Report of the Hyderabad Chloroform Commission
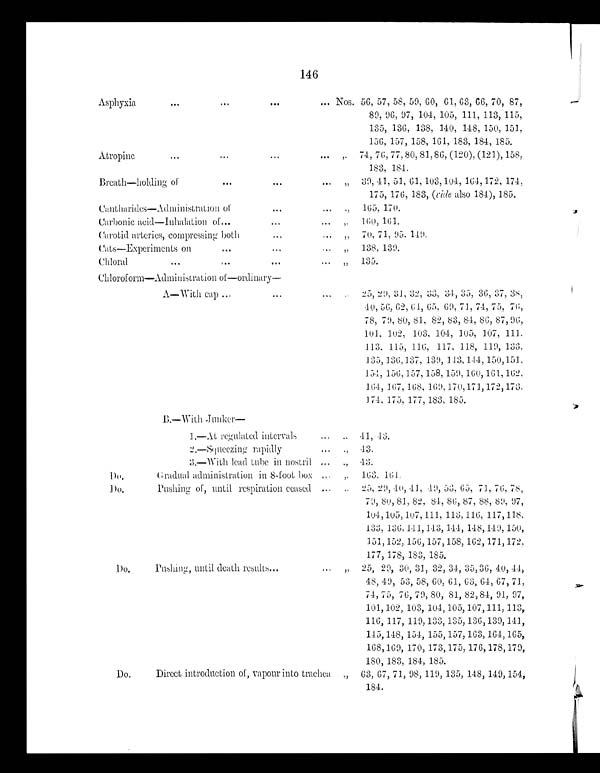
146
Asphyxia
... ...
...
...
Nos. 56, 57, 58, 59, 60, 61, 63, 66, 70, 87,
89, 96, 97, 104, 105, 111, 113, 115,
135, 136, 138, 140, 148, 150, 151,
156, 157, 158, 161, 183, 184, 185.
A t r o p i n e . . . . . . . . . . . . . . . . . . . . . . . .
,.
74, 76, 77, 80, 81, 86, (120), (121), 158,
183, 184.
Breath-holding of
... ...
...
.,
39, 41, 51, 61, 103,104, 164, 172, 174,
175, 176, 183, (vide also 184), 185.
Cantharides—Administration of
. . .
.,
165, 170.
Carbonic acid—Inhalation of...
... ...
.,
160, 161.
Carotid arteries, compressing both
...
...
.,
7 0 ,
71, 95, 149.
Cats—Experiments on
... ...
.,
138, 139.
Chloral
...
... ...
...
.,
135.
Chloroform—Administration of—ordinary
—
A—With cap ...
...
.,
25, 29, 31, 32, 33, 34, 35, 36, 37, 38,
40, 56, 62, 64, 65, 69, 71, 74, 75, 76,
78, 79, 80, 81, 82, 83, 84, 86, 87, 96,
101, 102, 103, 104, 105, 107, 111,
113, 115, 116, 117, 118, 119, 133,
135, 136, 137, 139, 143, 144, 150, 151,
154, 156, 157, 158, 159, 160, 161, 162,
164 , 167 , 168 , 169, 170, 171,172, 173,
174, 175, 177, 183, 185.
B.—With Junker
—
1.—At regulated intervals
.,
41,
43.
2.—Squeezing rapidly
...
., 43.
3.—With lead tube in nostril ...
,, 43.
Do.
Gradual administration in 8-foot box ...
,.
163, 161.
Do.
Pushing of, until respiration ceased ...
,.
25, 29, 40, 41, 49, 53, 65, 71, 76, 78,
79, 80, 81, 82, 84, 86, 87, 88, 89, 97,
104, 105, 107, 111, 113, 116, 117, 118,
133, 136, 141, 143, 144, 148, 149, 150,
151, 152, 156, 157, 158, 162, 171, 172,
177, 178, 183, 185.
Do.
Pushing, until death results...
...
25, 29, 30, 31, 32, 34, 35, 36, 40, 44,
48, 49, 53, 58, 60, 61, 63, 64, 67, 71,
74, 75, 76, 79, 80, 81, 82, 84, 91, 97,
101, 102, 103, 104, 105, 107, 111, 113,
116, 117, 119, 133, 135, 136,139, 141,
145, 148, 154, 155, 157, 163, 164, 165,
168,169, 170, 173, 175, 176, 178,179,
180, 183, 184, 185.
Do.
Direct introduction of, vapour into trachea
63, 67, 71, 98, 119, 135, 148, 149, 154,
184.